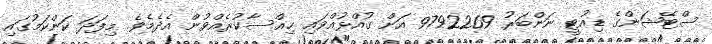
ސްޓޭޝަންގެ ޑިއުޓީ ނަންބަރު 9792269 އަށް ގުއްޅުއްވައި ޙިއްސާކުރެއްވުން އެދެމެވެ. މިފަދަ ކަންކަމުގައި